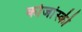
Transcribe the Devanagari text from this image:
कोजांस्की